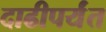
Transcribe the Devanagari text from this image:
दाढीपर्यंत